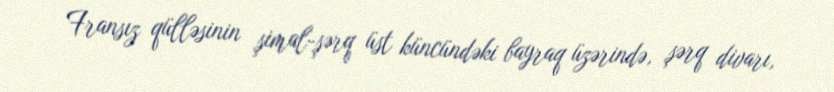
Fransız qülləsinin şimal-şərq üst küncündəki bayraq üzərində, şərq divarı,